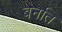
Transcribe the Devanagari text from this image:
बर्नात